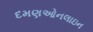
દમણઓનલાઇન